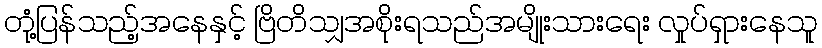
တုံ့ပြန်သည့်အနေနှင့် ဗြိတိသျှအစိုးရသည်အမျိုးသားရေး လှုပ်ရှားနေသူ